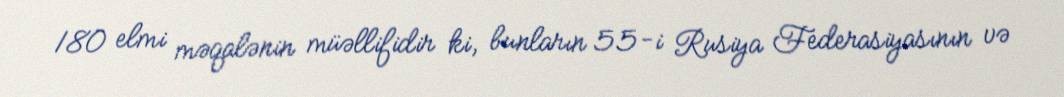
180 elmi məqalənin müəllifidir ki, bunların 55-i Rusiya Federasiyasının və